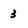
Character: 3